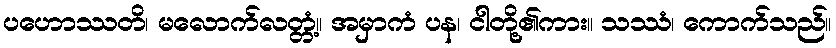
ပဟောဿတိ၊ မလောက်လတ္တံ့။ အမှာကံ ပန၊ ငါတို့၏ကား။ သဿံ၊ ကောက်သည်။